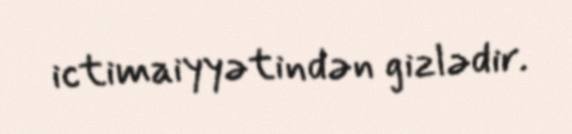
ictimaiyyətindən gizlədir.